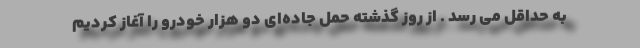
به حداقل می رسد . از روز گذشته حمل جاده‌ای دو هزار خودرو را آغاز کردیم